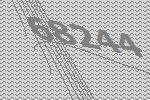
68244